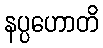
နပ္ပဟောတိ